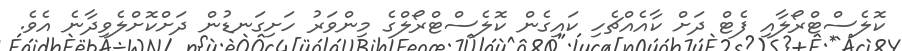
ކޮލެސްޓްރޯލާއި ފެޓް ދަށް ކާއެއްޗެހި ކައިގެން ކޮލެސްޓްރޯލްގެ މިންވަރު ހަށިގަނޑުން ދަށްކޮށްލެވިދާނެ އެވެ.